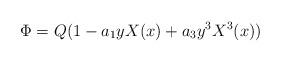
LaTeX: \begin{align*}\Phi=Q(1-a_1yX(x)+a_3y^3X^3(x)) \end{align*}